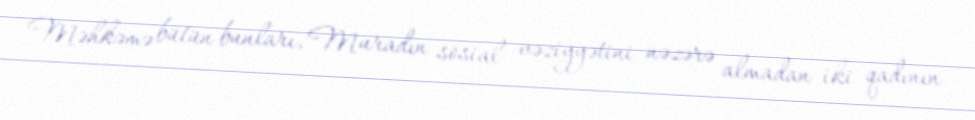
Məhkəmə bütün bunları, Muradın sosial vəziyyətini nəzərə almadan iki qadının